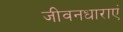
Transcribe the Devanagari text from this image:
जीवनधाराएं